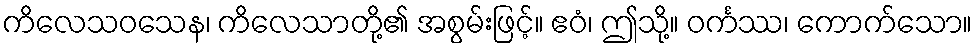
ကိလေသဝသေန၊ ကိလေသာတို့၏ အစွမ်းဖြင့်။ ဧဝံ၊ ဤသို့။ ဝင်္ကဿ၊ ကောက်သော။